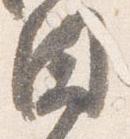
闍